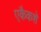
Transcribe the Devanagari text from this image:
एकैकशे